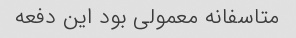
متاسفانه معمولی بود این دفعه